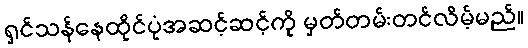
ရှင်သန်နေထိုင်ပုံအဆင့်ဆင့်ကို မှတ်တမ်းတင်လိမ့်မည်။